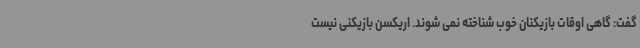
گفت: گاهی اوقات بازیکنان خوب شناخته نمی شوند. اریکسن بازیکنی نیست